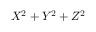
X ^ { 2 } + Y ^ { 2 } + Z ^ { 2 }